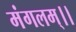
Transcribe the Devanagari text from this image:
मंगलम्।।